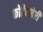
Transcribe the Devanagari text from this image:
फोर्टेनबेरी